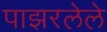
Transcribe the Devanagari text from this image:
पाझरलेले